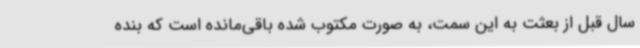
سال قبل از بعثت به این سمت، به صورت مکتوب شده باقی‌مانده است که بنده